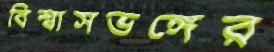
বিশ্বাসভঙ্গের